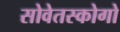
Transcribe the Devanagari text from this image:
सोवेतस्कोगो